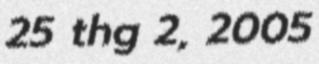
25 thg 2, 2005